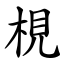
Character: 梘